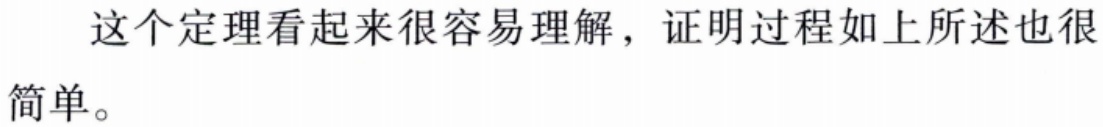
这个定理看起来很容易理解，证明过程如上所述也很简单。